Scientific memoirs by medical officers of the Army of India - Part III,
Year: 1887
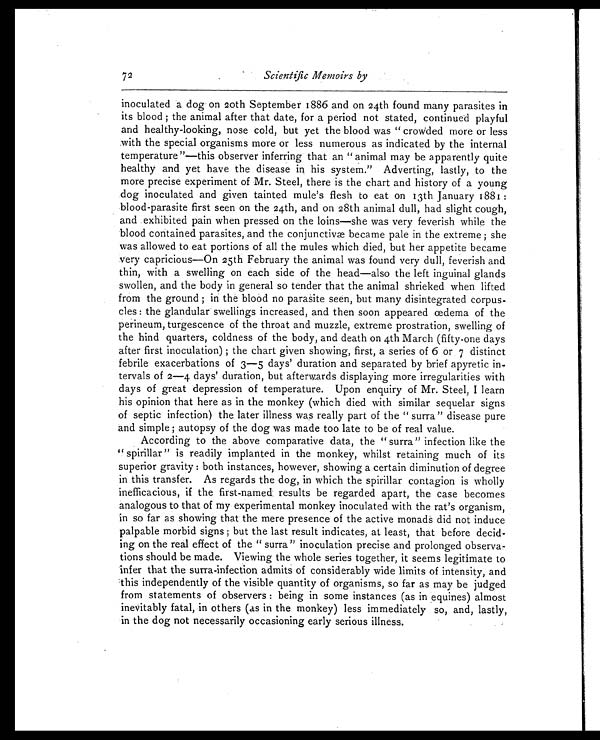
Scientific Memoirs by
inoculated a dog on 20th September 1886 and on 24th found many parasites in
its blood ; the animal after that date, for a period not stated, continued playful
and healthy-looking, nose cold, but yet the blood was " crowded more or less
with the special organisms more or less numerous as indicated by the internal
temperature "—this observer inferring that an " animal may be apparently quite
healthy and yet have the disease in his system." Adverting, lastly, to the
more precise experiment of Mr. Steel, there is the chart and history of a young
dog inoculated and given tainted mule's flesh to eat on 13th January 1881 :
blood-parasite first seen on the 24th, and on 28th animal dull, had slight cough,
and exhibited pain when pressed on the loins—she was very feverish while the
blood contained parasites, and the conjunctivæ became pale in the extreme ; she
was allowed to eat portions of all the mules which died, but her appetite became
very capricious—On 25th February the animal was found very dull, feverish and
thin, with a swelling on each side of the head—also the left inguinal glands
swollen, and the body in general so tender that the animal shrieked when lifted
from the ground ; in the blood no parasite seen, but many disintegrated corpus-
cles : the glandular swellings increased, and then soon appeared œdema of the
perineum, turgescence of the throat and muzzle, extreme prostration, swelling of
the hind quarters, coldness of the body, and death on 4th March (fifty-one days
after first inoculation) ; the chart given showing, first, a series of 6 or 7 distinct
febrile exacerbations of 3—5 days' duration and separated by brief apyretic in
tervals of 2—4 days' duration, but afterwards displaying more irregularities with
days of great depression of temperature. Upon enquiry of Mr. Steel, I learn
his opinion that here as in the monkey (which died with similar sequelar signs
of septic infection) the later illness was really part of the " surra " disease pure
and simple ; autopsy of the dog was made too late to be of real value.
According to the above comparative data, the " surra" infection like the
"spirillar " is readily implanted in the monkey, whilst retaining much of its
superior gravity : both instances, however, showing a certain diminution of degree
in this transfer. As regards the dog, in which the spirillar contagion is wholly
inefficacious, if the first-named results be regarded apart, the case becomes
analogous to that of my experimental monkey inoculated with the rat's organism,
in so far as showing that the mere presence of the active monads did not induce
palpable morbid signs ; but the last result indicates, at least, that before decid-
ing on the real effect of the " surra" inoculation precise and prolonged observa-
tions should be made. Viewing the whole series together, it seems legitimate to
infer that the surra-infection admits of considerably wide limits of intensity, and
this independently of the visible quantity of organisms, so far as may be judged
from statements of observers : being in some instances (as in equines) almost
inevitably fatal, in others (as in the monkey) less immediately so, and, lastly,
in the dog not necessarily occasioning early serious illness.
72